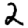
Digit: 2